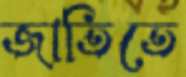
জাতিতে